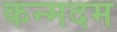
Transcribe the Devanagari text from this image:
कन्मदम